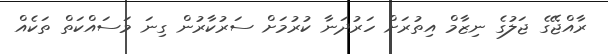
ރާއްޖޭގެ ޖަލުގެ ނިޒާމް އިތުރަށް ހަރުދަނާ ކުރުމަށް ސަރުކާރުން ގިނަ މަސައްކަތް ތަކެއް